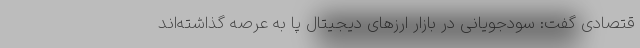
قتصادی گفت: سودجویانی در بازار ارز‌های دیجیتال پا به عرصه گذاشته‌اند